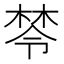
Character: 𣕯